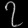
Digit: ၇